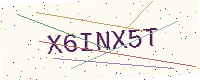
Text: X6INX5T